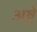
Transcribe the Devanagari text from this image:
अष्टे